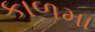
કાળમા